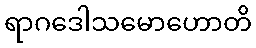
ရာဂဒေါသမောဟောတိ